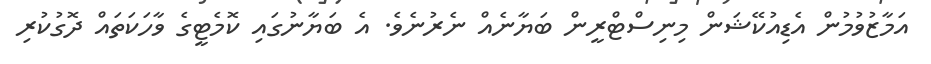
އަމާޒުވުމުން އެޑިއުކޭޝަން މިނިސްޓްރީން ބަޔާނެއް ނެރުނެވެ. އެ ބަޔާނުގައި ކޮމެޓީގެ ވާހަކަތައް ދޮގުކުރި